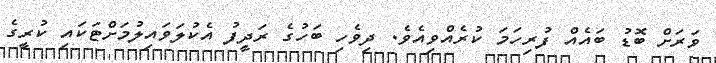
ވަރަށް ބޮޑު ބައެއް ފުރިހަމަ ކުރެއްވިއެވެ. ދިވެހި ބަހުގެ ރަދީފު އެކުލަވައިލުމަށްޓަކައި ކުރީގެ